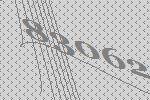
83062